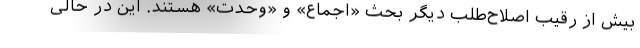
بیش از رقیب اصلاح‌طلب دیگر بحث «اجماع» و «وحدت» هستند. این در حالی